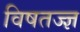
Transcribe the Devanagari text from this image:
विषतज्‍ज्ञ